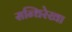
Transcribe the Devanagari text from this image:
सन्धिरेखा